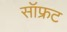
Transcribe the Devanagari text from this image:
सॉफ्रट